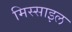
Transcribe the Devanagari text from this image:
मिस्साइल